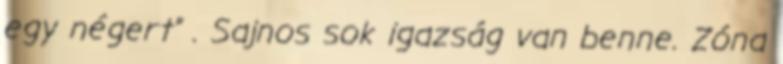
egy négert” . Sajnos sok igazság van benne. Zóna